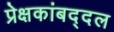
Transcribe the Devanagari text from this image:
प्रेक्षकांबद्दल